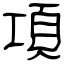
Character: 項